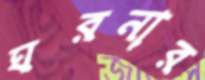
ঘরনার